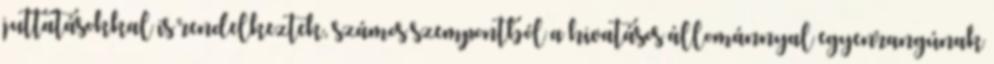
juttatásokkal is rendelkeztek, számos szempontból a hivatásos állománnyal egyenrangúnak